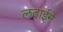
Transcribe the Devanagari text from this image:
लढाईने